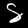
Label: 8